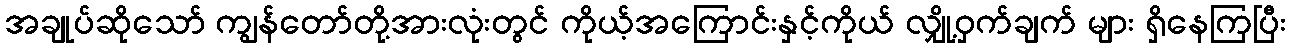
အချုပ်ဆိုသော် ကျွန်တော်တို့အားလုံးတွင် ကိုယ့်အကြောင်းနှင့်ကိုယ် လျှို့ဝှက်ချက် များ ရှိနေကြပြီး